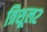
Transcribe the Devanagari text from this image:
त्रिशूल२